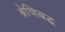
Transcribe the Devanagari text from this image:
श्रेणिबद्ध